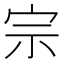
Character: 宗